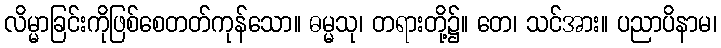
လိမ္မာခြင်းကိုဖြစ်စေတတ်ကုန်သော။ ဓမ္မသု၊ တရားတို့၌။ တေ၊ သင်အား။ ပညာပိနာမ၊